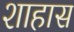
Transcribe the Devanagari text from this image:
शाहास